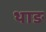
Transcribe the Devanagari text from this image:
थाङ